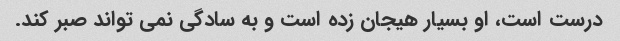
درست است، او بسیار هیجان زده است و به سادگی نمی تواند صبر کند.